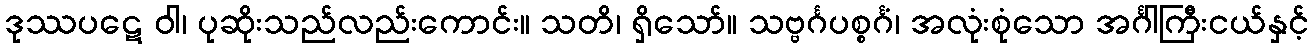
ဒုဿပဋေ ဝါ၊ ပုဆိုးသည်လည်းကောင်း။ သတိ၊ ရှိသော်။ သဗ္ဗင်္ဂပစ္စင်္ဂံ၊ အလုံးစုံသော အင်္ဂါကြီးငယ်နှင့်